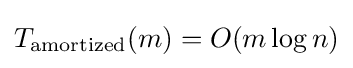
T_{\mathrm {amortized} }(m)=O(m\log n)